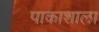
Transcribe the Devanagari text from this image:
पाकाशाला